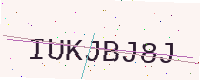
Text: IUKJBJ8J